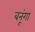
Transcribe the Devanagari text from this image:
बनूंगा